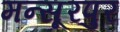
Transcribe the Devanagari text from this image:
मन्सूरपुर